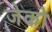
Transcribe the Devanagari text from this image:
जेको